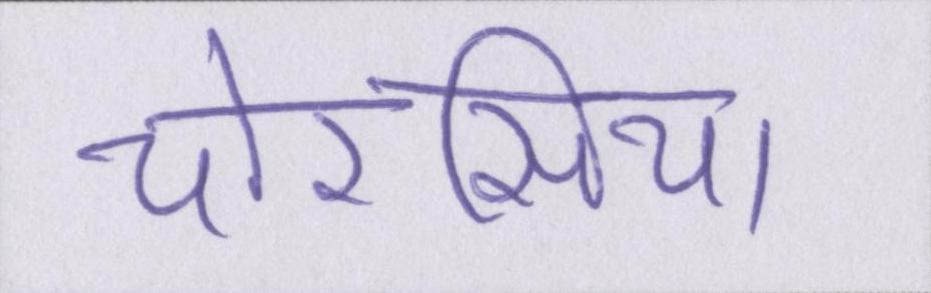
चौरसिया